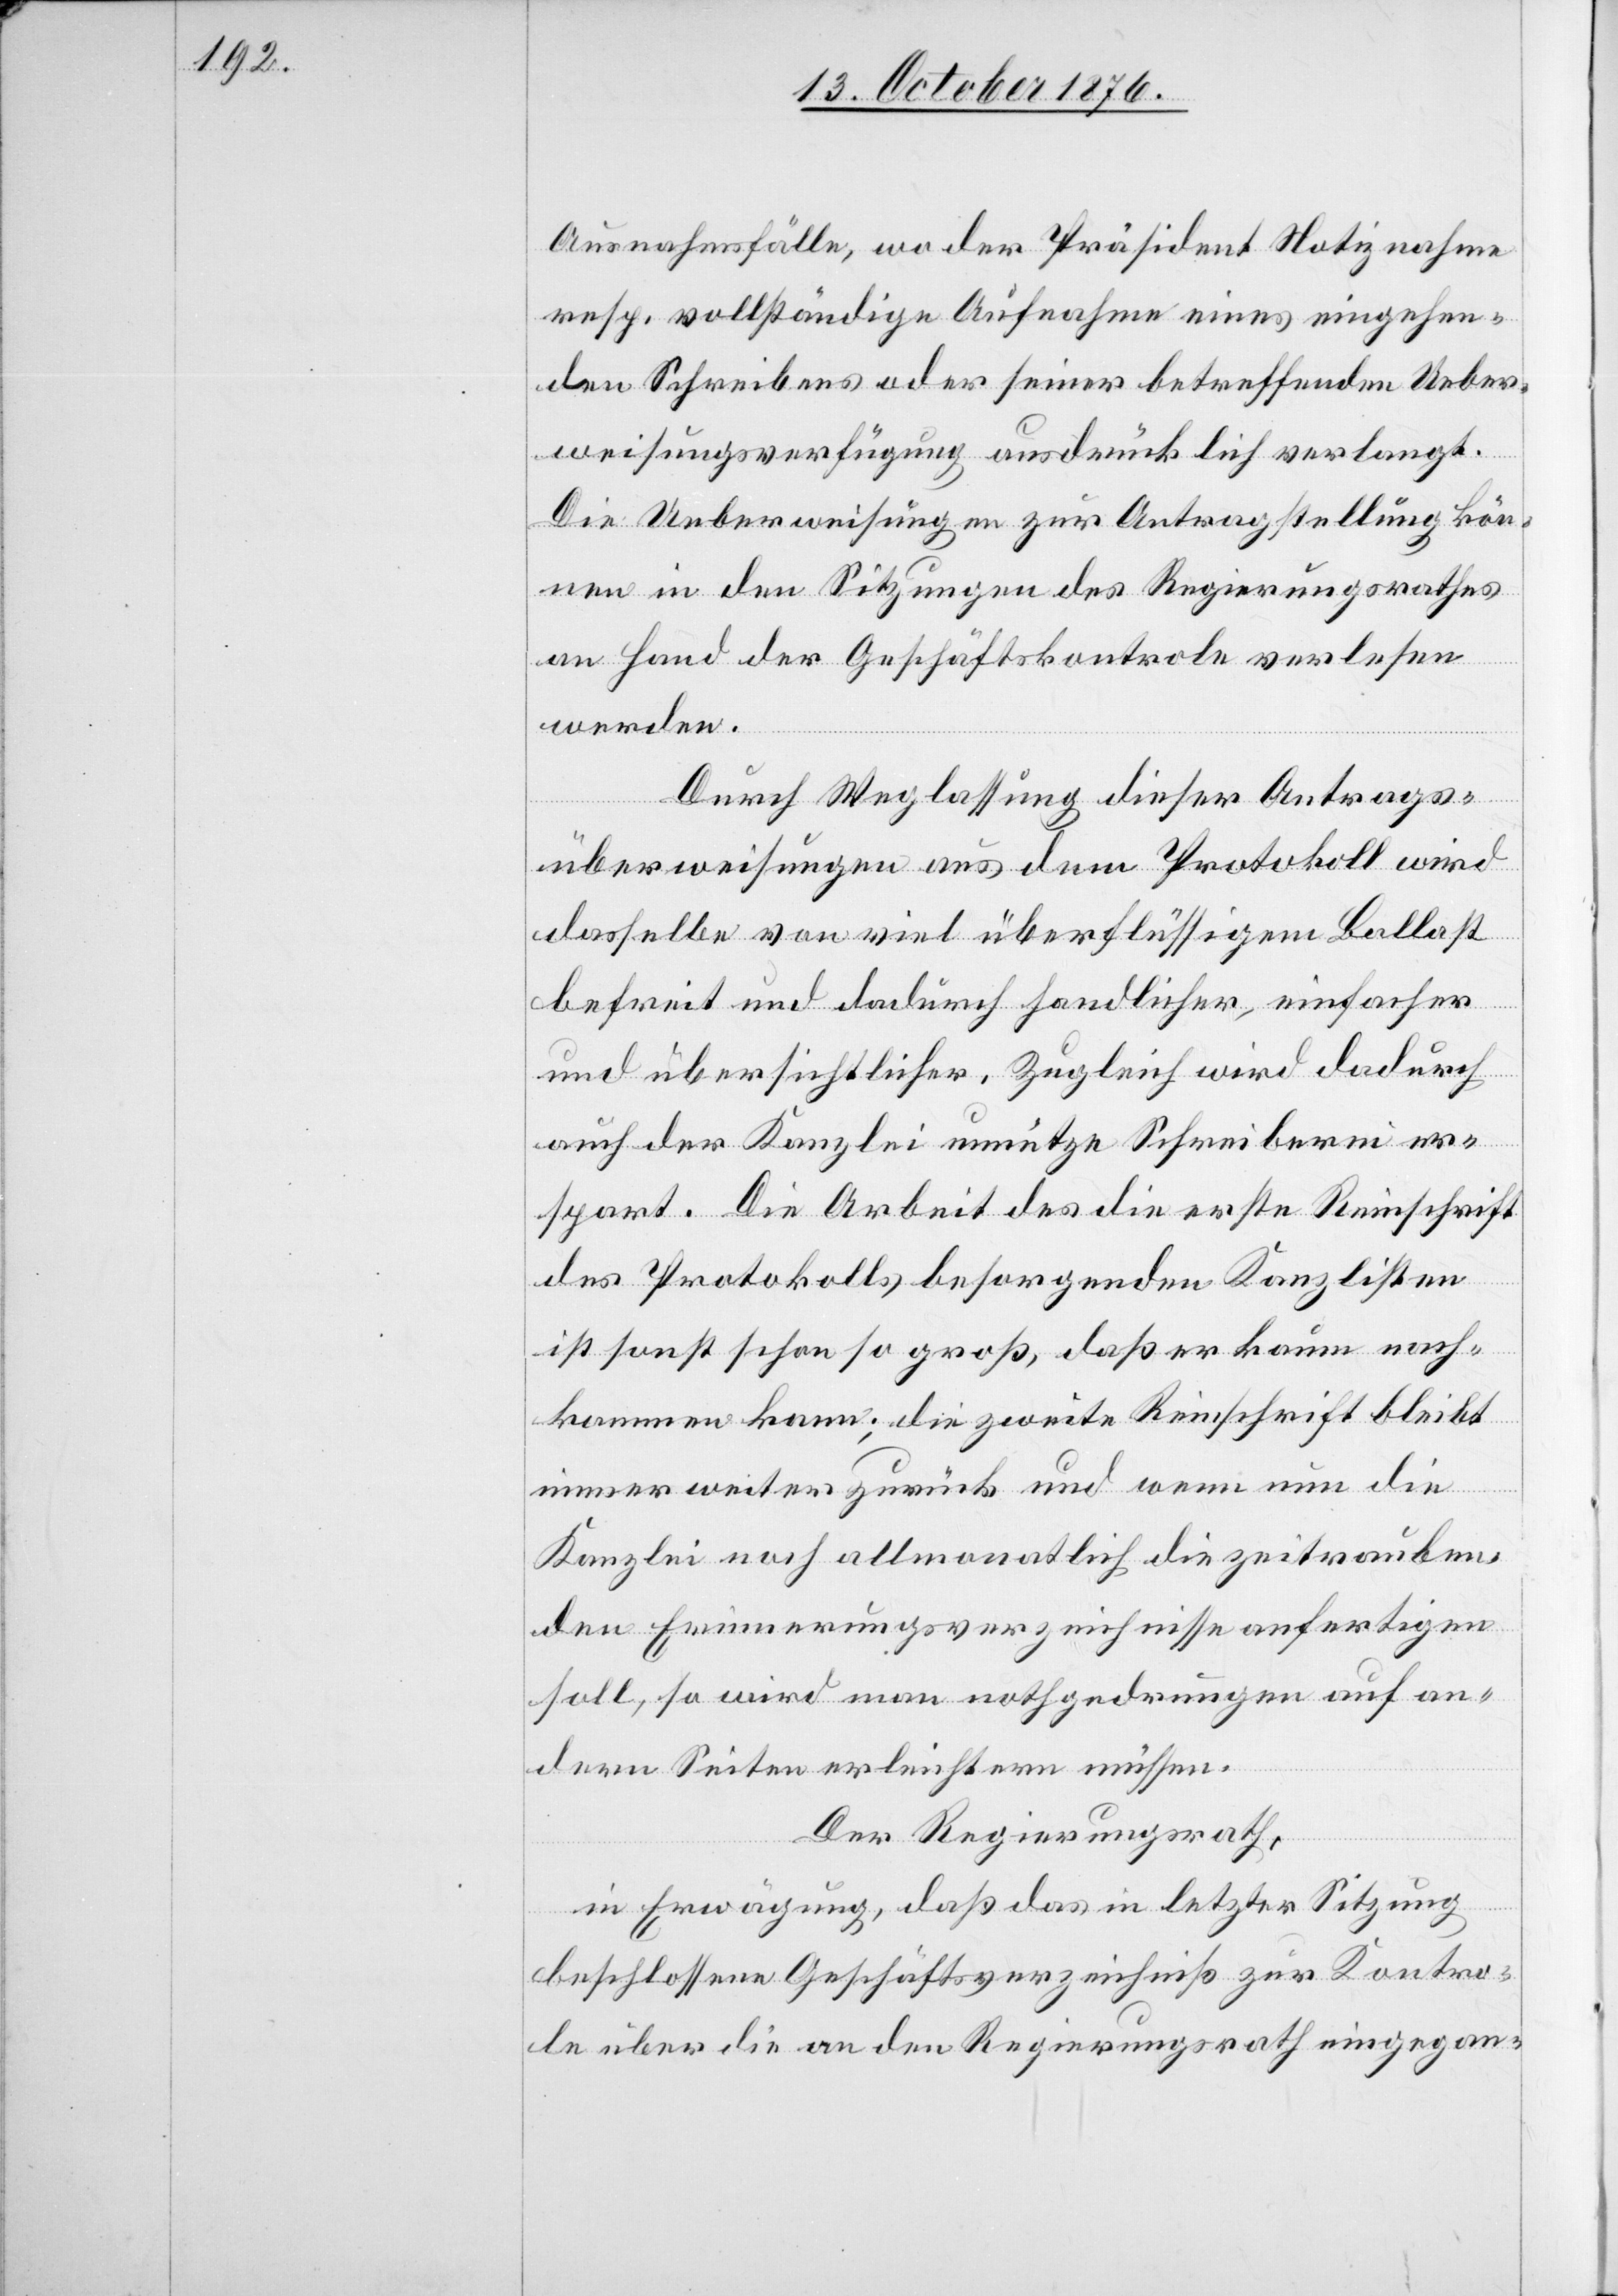
Ausnahmefälle, wo der Präsident Notiznahme
resp. vollständige Aufnahme eines eingehen¬
den Schreibens oder seiner betreffenden Ueber¬
weisungsverfügung ausdrücklich verlangt.
Die Ueberweisungen zur Antragstellung kön¬
nen in den Sitzungen des Regierungsrathes
an Hand der Geschäftskontrole verlesen
werden.
Durch Weglassung dieser Antrags¬
überweisungen aus dem Protokoll wird
dasselbe von viel überflüssigem Ballast
befreit und dadurch handlicher, einfacher
und übersichtlicher. Zugleich wird dadurch
auch der Kanzlei unnütze Schreiberei er¬
spart. Die Arbeit des die erste Reinschrift
des Protokolls besorgenden Kanzlisten
ist sonst schon so groß, daß er kaum nach¬
kommen kann; die zweite Reinschrift bliebt
immer weiter zurück und wenn nun die
Kanzlei noch allmonatlich die zeitrauben¬
den Erinnerungsverzeichnisse anfertigen
soll, so wird man nothgedrungen auf an¬
dern Seiten erleichtern müssen.
Der Regierungsrath,
in Erwägung, daß das in letzter Sitzung
beschlossene Geschäftsverzeichniß zur Kontro¬
le über die an den Regierungsrath eingegan-